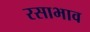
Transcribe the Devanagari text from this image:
रसाभाव